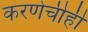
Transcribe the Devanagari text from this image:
करणेचीही